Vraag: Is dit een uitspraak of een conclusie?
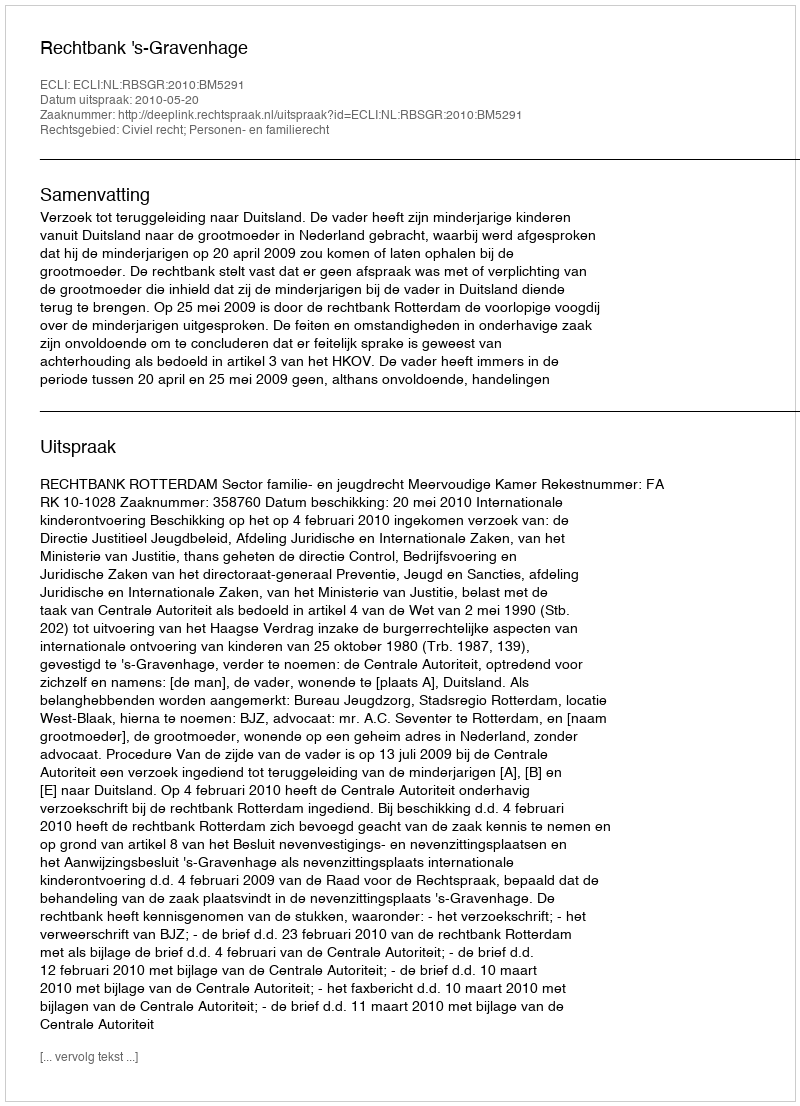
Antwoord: Uitspraak